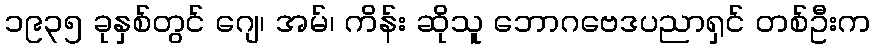
၁၉၃၅ ခုနှစ်တွင် ဂျေ၊ အမ်၊ ကိန်း ဆိုသူ ဘောဂဗေဒပညာရှင် တစ်ဦးက